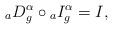
LaTeX: \begin{align*}{}_aD_g^{\alpha} \circ {}_{a}I_g^{\alpha}= I, \end{align*}